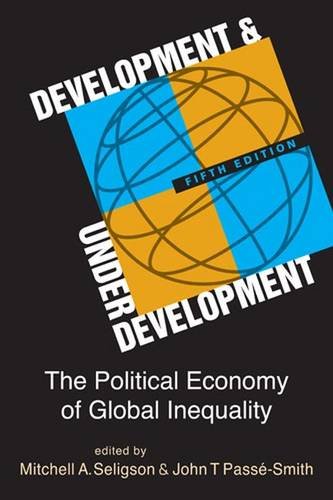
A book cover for Development and Underdevelopment: The Political Economy of Global Inequality; Business & Money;